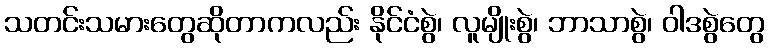
သတင်းသမားတွေဆိုတာကလည်း နိုင်ငံစွဲ၊ လူမျိုးစွဲ၊ ဘာသာစွဲ၊ ဝါဒစွဲတွေ